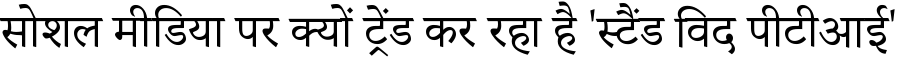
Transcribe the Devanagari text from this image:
सोशल मीडिया पर क्यों ट्रेंड कर रहा है 'स्टैंड विद पीटीआई'